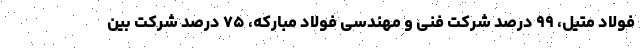
فولاد متیل، ۹۹ درصد شرکت فنی و مهندسی فولاد مبارکه، ۷۵ درصد شرکت بین